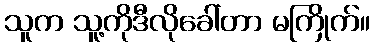
သူက သူ့ကိုဒီလိုခေါ်တာ မကြိုက်။